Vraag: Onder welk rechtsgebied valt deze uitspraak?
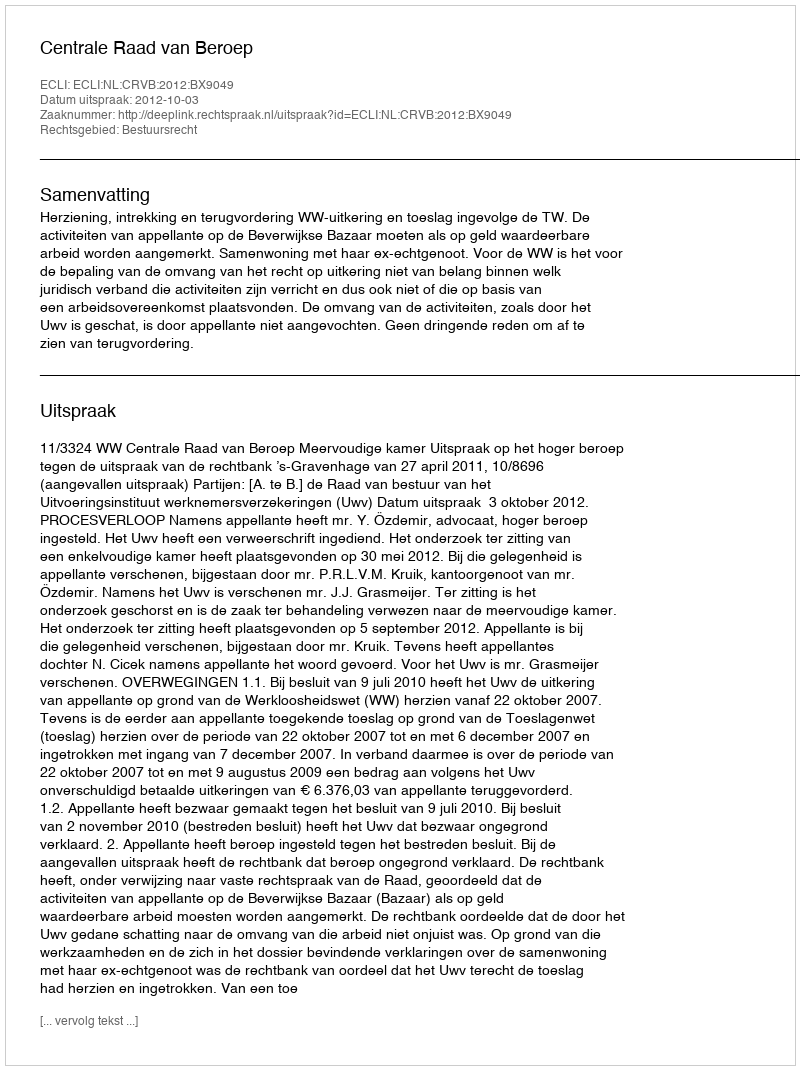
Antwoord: Bestuursrecht